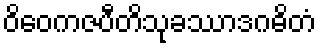
ဝိဝေကဇပီတိသုခဿာဒဂဓိတံ